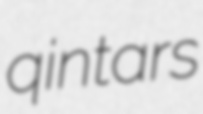
qintars